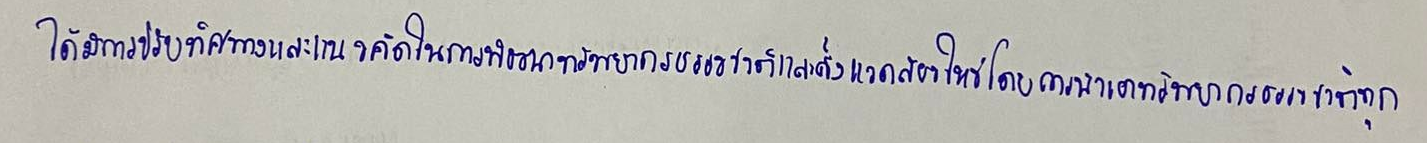
ได้มีการปรับทิศทางและแนวคิดในการพัฒนาทรัพยากรธรรมชาติและสิ่งแวดล้อมใหม่โดยการนำเอาทรัพยากรธรรมชาติทุก